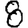
Digit: 8